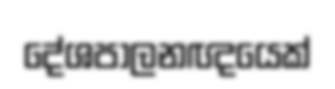
දේශපාලනඥයෙක්